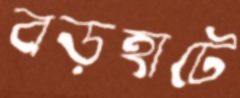
বড়হাটে